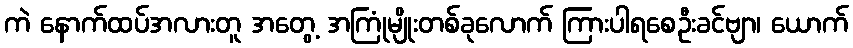
ကဲ နောက်ထပ်အလားတူ အတွေ့ အကြုံမျိုးတစ်ခုလောက် ကြားပါရစေဦးခင်ဗျာ၊ ယောက်